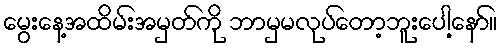
မွေးနေ့အထိမ်းအမှတ်ကို ဘာမှမလုပ်တော့ဘူးပေါ့နော်။